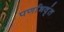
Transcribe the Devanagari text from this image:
पर्णाभवृंत